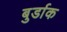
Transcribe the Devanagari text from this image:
बुर्डाक